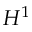
H ^ { 1 }